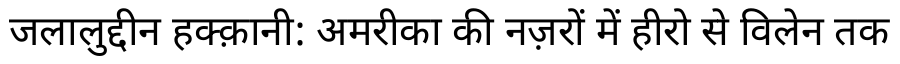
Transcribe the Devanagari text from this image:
जलालुद्दीन हक्क़ानी: अमरीका की नज़रों में हीरो से विलेन तक